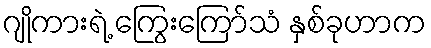
ဂျိုကားရဲ့ ကြွေးကြော်သံ နှစ်ခုဟာက